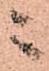
ニ